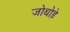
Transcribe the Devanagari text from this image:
जोथोड़े